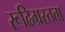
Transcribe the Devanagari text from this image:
रूढिग्रस्तता